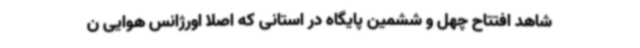
شاهد افتتاح چهل و ششمین پایگاه در استانی که اصلاً اورژانس هوایی ن